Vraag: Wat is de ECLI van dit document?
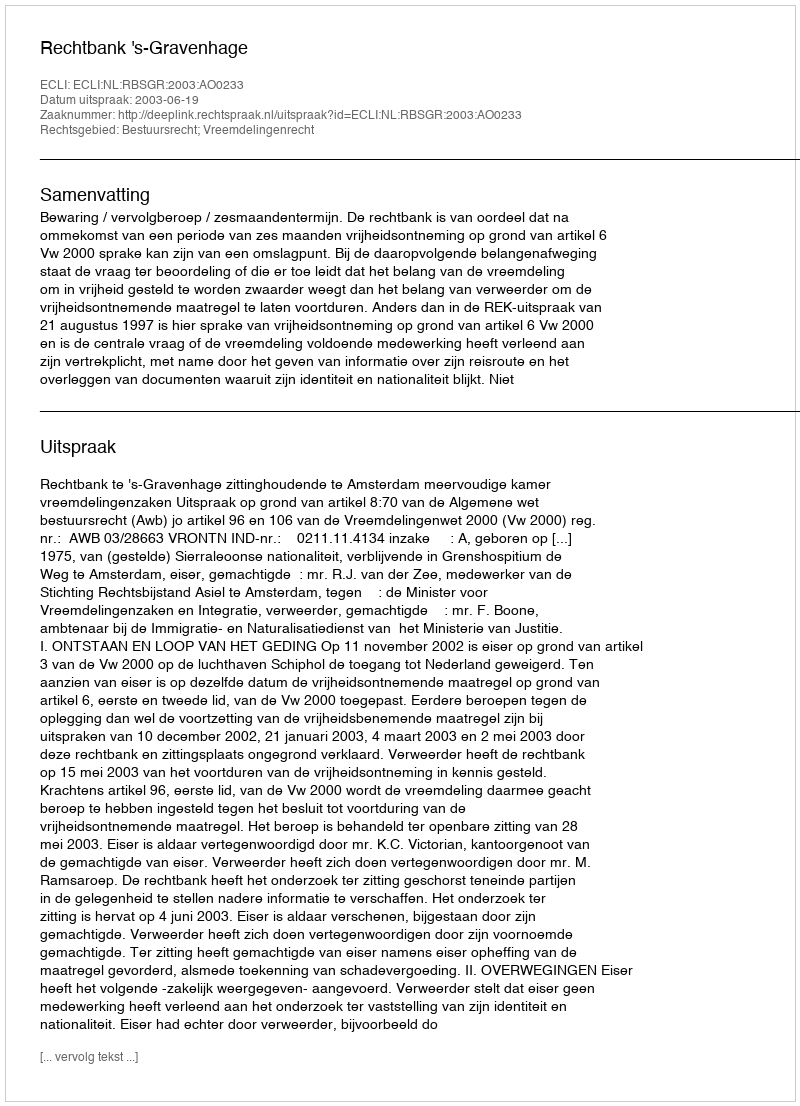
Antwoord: ECLI:NL:RBSGR:2003:AO0233